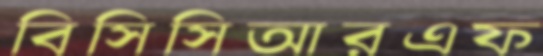
বিসিসিআরএফ